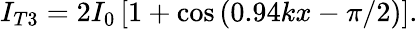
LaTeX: I_{T3}=2I_{0}\left[1+\cos\left(0.94kx-\pi/2\right)\right].